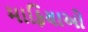
માફિયાઓ